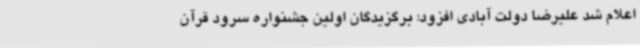
اعلام شد علیرضا دولت آبادی افزود: برگزیدگان اولین جشنواره سرود قرآن